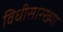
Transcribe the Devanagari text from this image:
विधीसारख्या